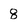
Character: 8